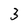
Character: 3